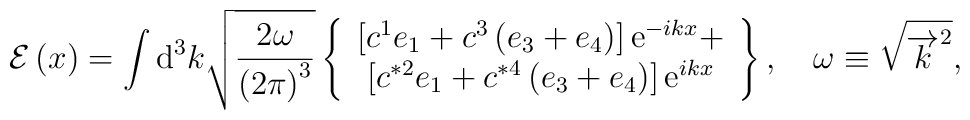
\mathcal{E}\left( x\right) =\int \mathrm{d}^3k\sqrt{\frac{2\omega }{\left(2\pi \right) ^3}}\left\{\begin{array}{c}\left[ c^1e_1+c^3\left( e_3+e_4\right) \right] \mathrm{e}^{-ikx}+ \\\left[ c^{*2}e_1+c^{*4}\left( e_3+e_4\right) \right] \mathrm{e}^{ikx}\end{array}\right\} ,\quad \omega \equiv \sqrt{\overrightarrow{k}^2},